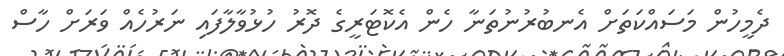
ދެމީހުން މަސައްކަތަށް އެނބުރުނުތަނާ ހެން އެކޮޓަރީގެ ދޮރު ހުޅުވާލާފައި ނަރުހެއް ވަރަށް ހާސް